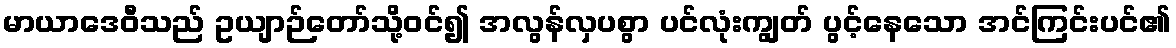
မာယာဒေဝီသည် ဥယျာဉ်တော်သို့ဝင်၍ အလွန်လှပစွာ ပင်လုံးကျွတ် ပွင့်နေသော အင်ကြင်းပင်၏